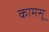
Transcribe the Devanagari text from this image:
कामसू